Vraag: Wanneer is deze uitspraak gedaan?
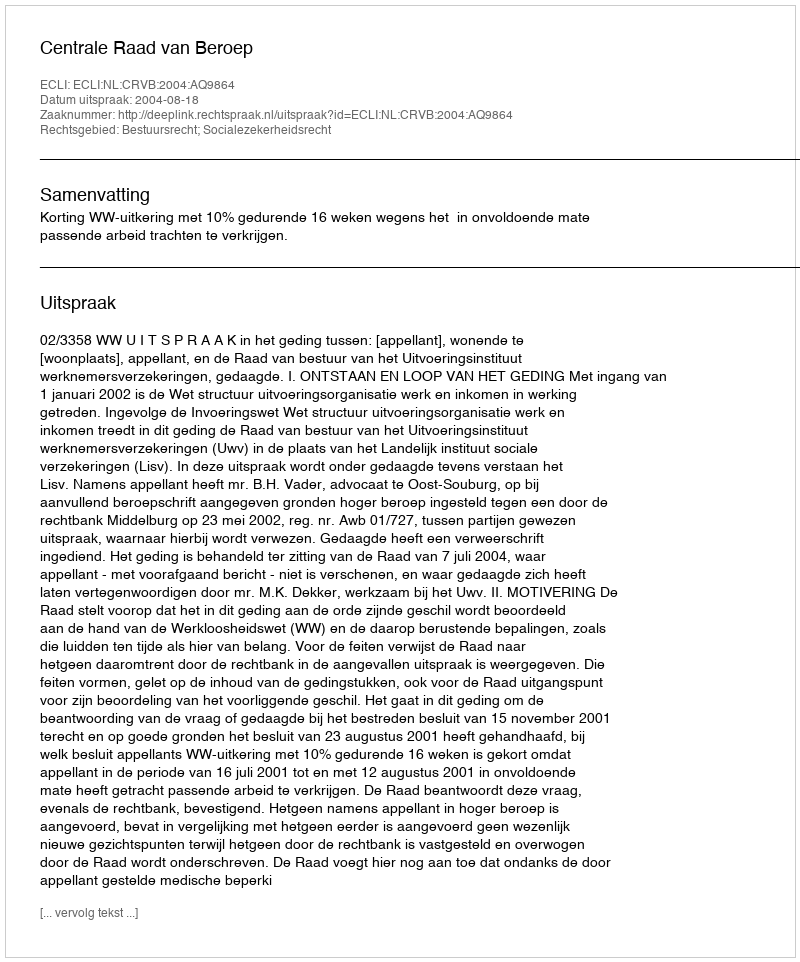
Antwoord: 2004-08-18